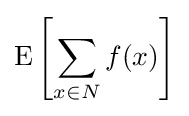
\operatorname {E} \left[\sum _{x\in N}f(x)\right]